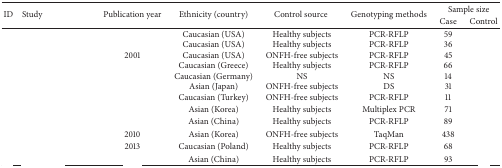
<table><thead><tr><td rowspan="2"><b>ID</b></td><td rowspan="2"><b>Study</b></td><td rowspan="2"><b>Publication year</b></td><td rowspan="2"><b>Ethnicity (country)</b></td><td rowspan="2"><b>Control source </b></td><td rowspan="2"><b>Genotyping methods</b></td><td colspan="2"><b>Sample size</b></td></tr><tr><td><b>Case</b></td><td><b>Control </b></td></tr></thead><tbody><tr><td>[EMPTY_CELL]</td><td>[EMPTY_CELL]</td><td>[EMPTY_CELL]</td><td>Caucasian (USA) </td><td>Healthy subjects </td><td>PCR-RFLP</td><td>59</td><td>[EMPTY_CELL]</td></tr><tr><td>[EMPTY_CELL]</td><td>[EMPTY_CELL]</td><td>[EMPTY_CELL]</td><td>Caucasian (USA)</td><td>Healthy subjects</td><td>PCR-RFLP</td><td>36</td><td>[EMPTY_CELL]</td></tr><tr><td>[EMPTY_CELL]</td><td>[EMPTY_CELL]</td><td>2001</td><td>Caucasian (USA)</td><td>ONFH-free subjects</td><td>PCR-RFLP</td><td>45</td><td>[EMPTY_CELL]</td></tr><tr><td>[EMPTY_CELL]</td><td>[EMPTY_CELL]</td><td>[EMPTY_CELL]</td><td>Caucasian (Greece)</td><td>Healthy subjects</td><td>PCR-RFLP</td><td>66</td><td>[EMPTY_CELL]</td></tr><tr><td>[EMPTY_CELL]</td><td>[EMPTY_CELL]</td><td>[EMPTY_CELL]</td><td>Caucasian (Germany)</td><td>NS</td><td>NS</td><td>14</td><td>[EMPTY_CELL]</td></tr><tr><td>[EMPTY_CELL]</td><td>[EMPTY_CELL]</td><td>[EMPTY_CELL]</td><td>Asian (Japan)</td><td>ONFH-free subjects</td><td>DS</td><td>31</td><td>[EMPTY_CELL]</td></tr><tr><td>[EMPTY_CELL]</td><td>[EMPTY_CELL]</td><td>[EMPTY_CELL]</td><td>Caucasian (Turkey)</td><td>ONFH-free subjects</td><td>PCR-RFLP</td><td>11</td><td>[EMPTY_CELL]</td></tr><tr><td>[EMPTY_CELL]</td><td>[EMPTY_CELL]</td><td>[EMPTY_CELL]</td><td>Asian (Korea)</td><td>Healthy subjects</td><td>Multiplex PCR</td><td>71</td><td>[EMPTY_CELL]</td></tr><tr><td>[EMPTY_CELL]</td><td>[EMPTY_CELL]</td><td>[EMPTY_CELL]</td><td>Asian (China)</td><td>Healthy subjects</td><td>PCR-RFLP</td><td>89</td><td>[EMPTY_CELL]</td></tr><tr><td>[EMPTY_CELL]</td><td>[EMPTY_CELL]</td><td>2010</td><td>Asian (Korea)</td><td>ONFH-free subjects</td><td>TaqMan</td><td>438</td><td>[EMPTY_CELL]</td></tr><tr><td>[EMPTY_CELL]</td><td>[EMPTY_CELL]</td><td>2013</td><td>Caucasian (Poland)</td><td>Healthy subjects</td><td>PCR-RFLP</td><td>68</td><td>[EMPTY_CELL]</td></tr><tr><td>[EMPTY_CELL]</td><td>[EMPTY_CELL]</td><td>[EMPTY_CELL]</td><td>Asian (China)</td><td>Healthy subjects</td><td>PCR-RFLP</td><td>93</td><td>[EMPTY_CELL]</td></tr></tbody></table>